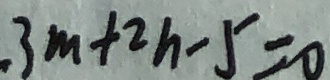
3 m + 2 n - 5 = 0